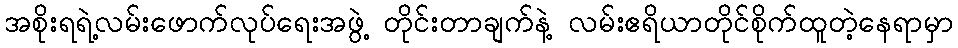
အစိုးရရဲ့လမ်းဖောက်လုပ်ရေးအဖွဲ့ တိုင်းတာချက်နဲ့ လမ်းဧရိယာတိုင်စိုက်ထူတဲ့နေရာမှာ